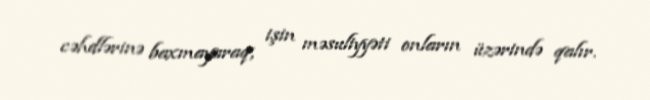
cəhdlərinə baxmayaraq, işin məsuliyyəti onların üzərində qalır.